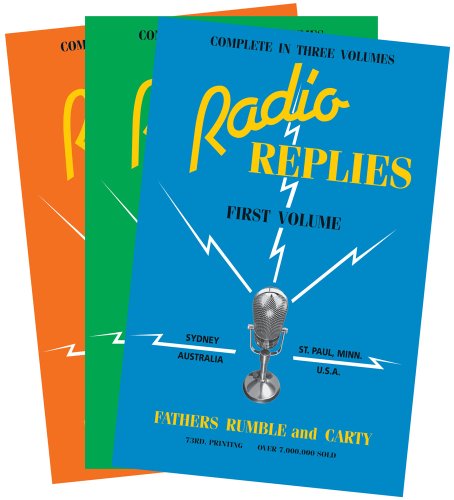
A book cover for Radio Replies: Three Volume Set; Leslie Rumble; Humor & Entertainment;